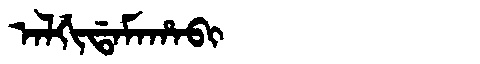
Manchu: ᠠᠯᡤᡳᡩᠠᠮᠠᡥᠠᠪᡳ
Romanization: ALGIDAMAHABI